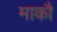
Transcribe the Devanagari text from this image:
माकौ